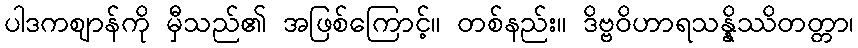
ပါဒကဈာန်ကို မှီသည်၏ အဖြစ်ကြောင့်။ တစ်နည်း။ ဒိဗ္ဗဝိဟာရသန္နိဿိတတ္တာ၊